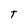
Character: T